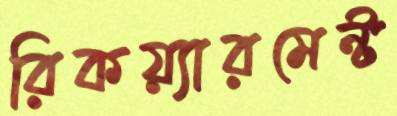
রিকয়্যারমেন্ট